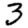
Digit: 3